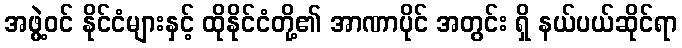
အဖွဲ့ဝင် နိုင်ငံများနှင့် ထိုနိုင်ငံတို့၏ အာဏာပိုင် အတွင်း ရှိ နယ်ပယ်ဆိုင်ရာ